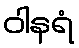
ဝါနရံ